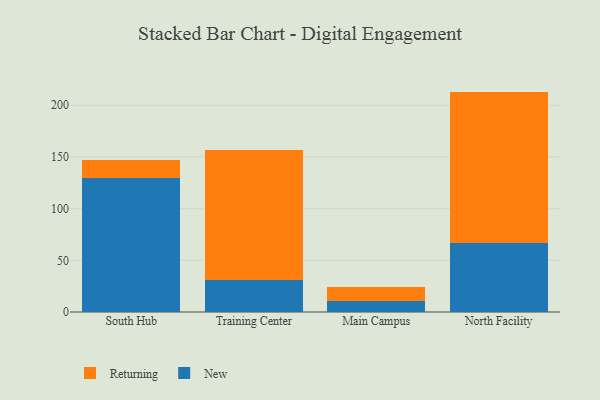
{"axis": {"x": "Campus", "y": "Backlog"}, "legend": ["New", "Returning"], "data": [{"x": "South Hub", "y": 129.6, "type": "New"}, {"x": "South Hub", "y": 17.6, "type": "Returning"}, {"x": "Training Center", "y": 30.8, "type": "New"}, {"x": "Training Center", "y": 125.7, "type": "Returning"}, {"x": "Main Campus", "y": 10.7, "type": "New"}, {"x": "Main Campus", "y": 13.2, "type": "Returning"}, {"x": "North Facility", "y": 66.7, "type": "New"}, {"x": "North Facility", "y": 146.5, "type": "Returning"}]}